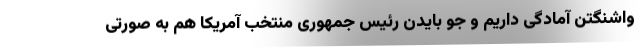
واشنگتن آمادگی داریم و جو بایدن رئیس جمهوری منتخب آمریکا هم به صورتی